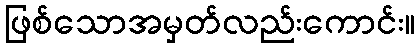
ဖြစ်သောအမှတ်လည်းကောင်း။